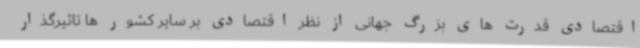
اقتصادی قدرت های بزرگ جهانی از نظر اقتصادی بر سایر کشور ها تاثیرگذار